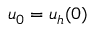
\boldsymbol { u } _ { 0 } = \boldsymbol { u } _ { h } ( 0 )